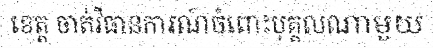
ខេត្ត ចាត់វិធានការណ៍ចំពោះបុគ្គលណាមួយ